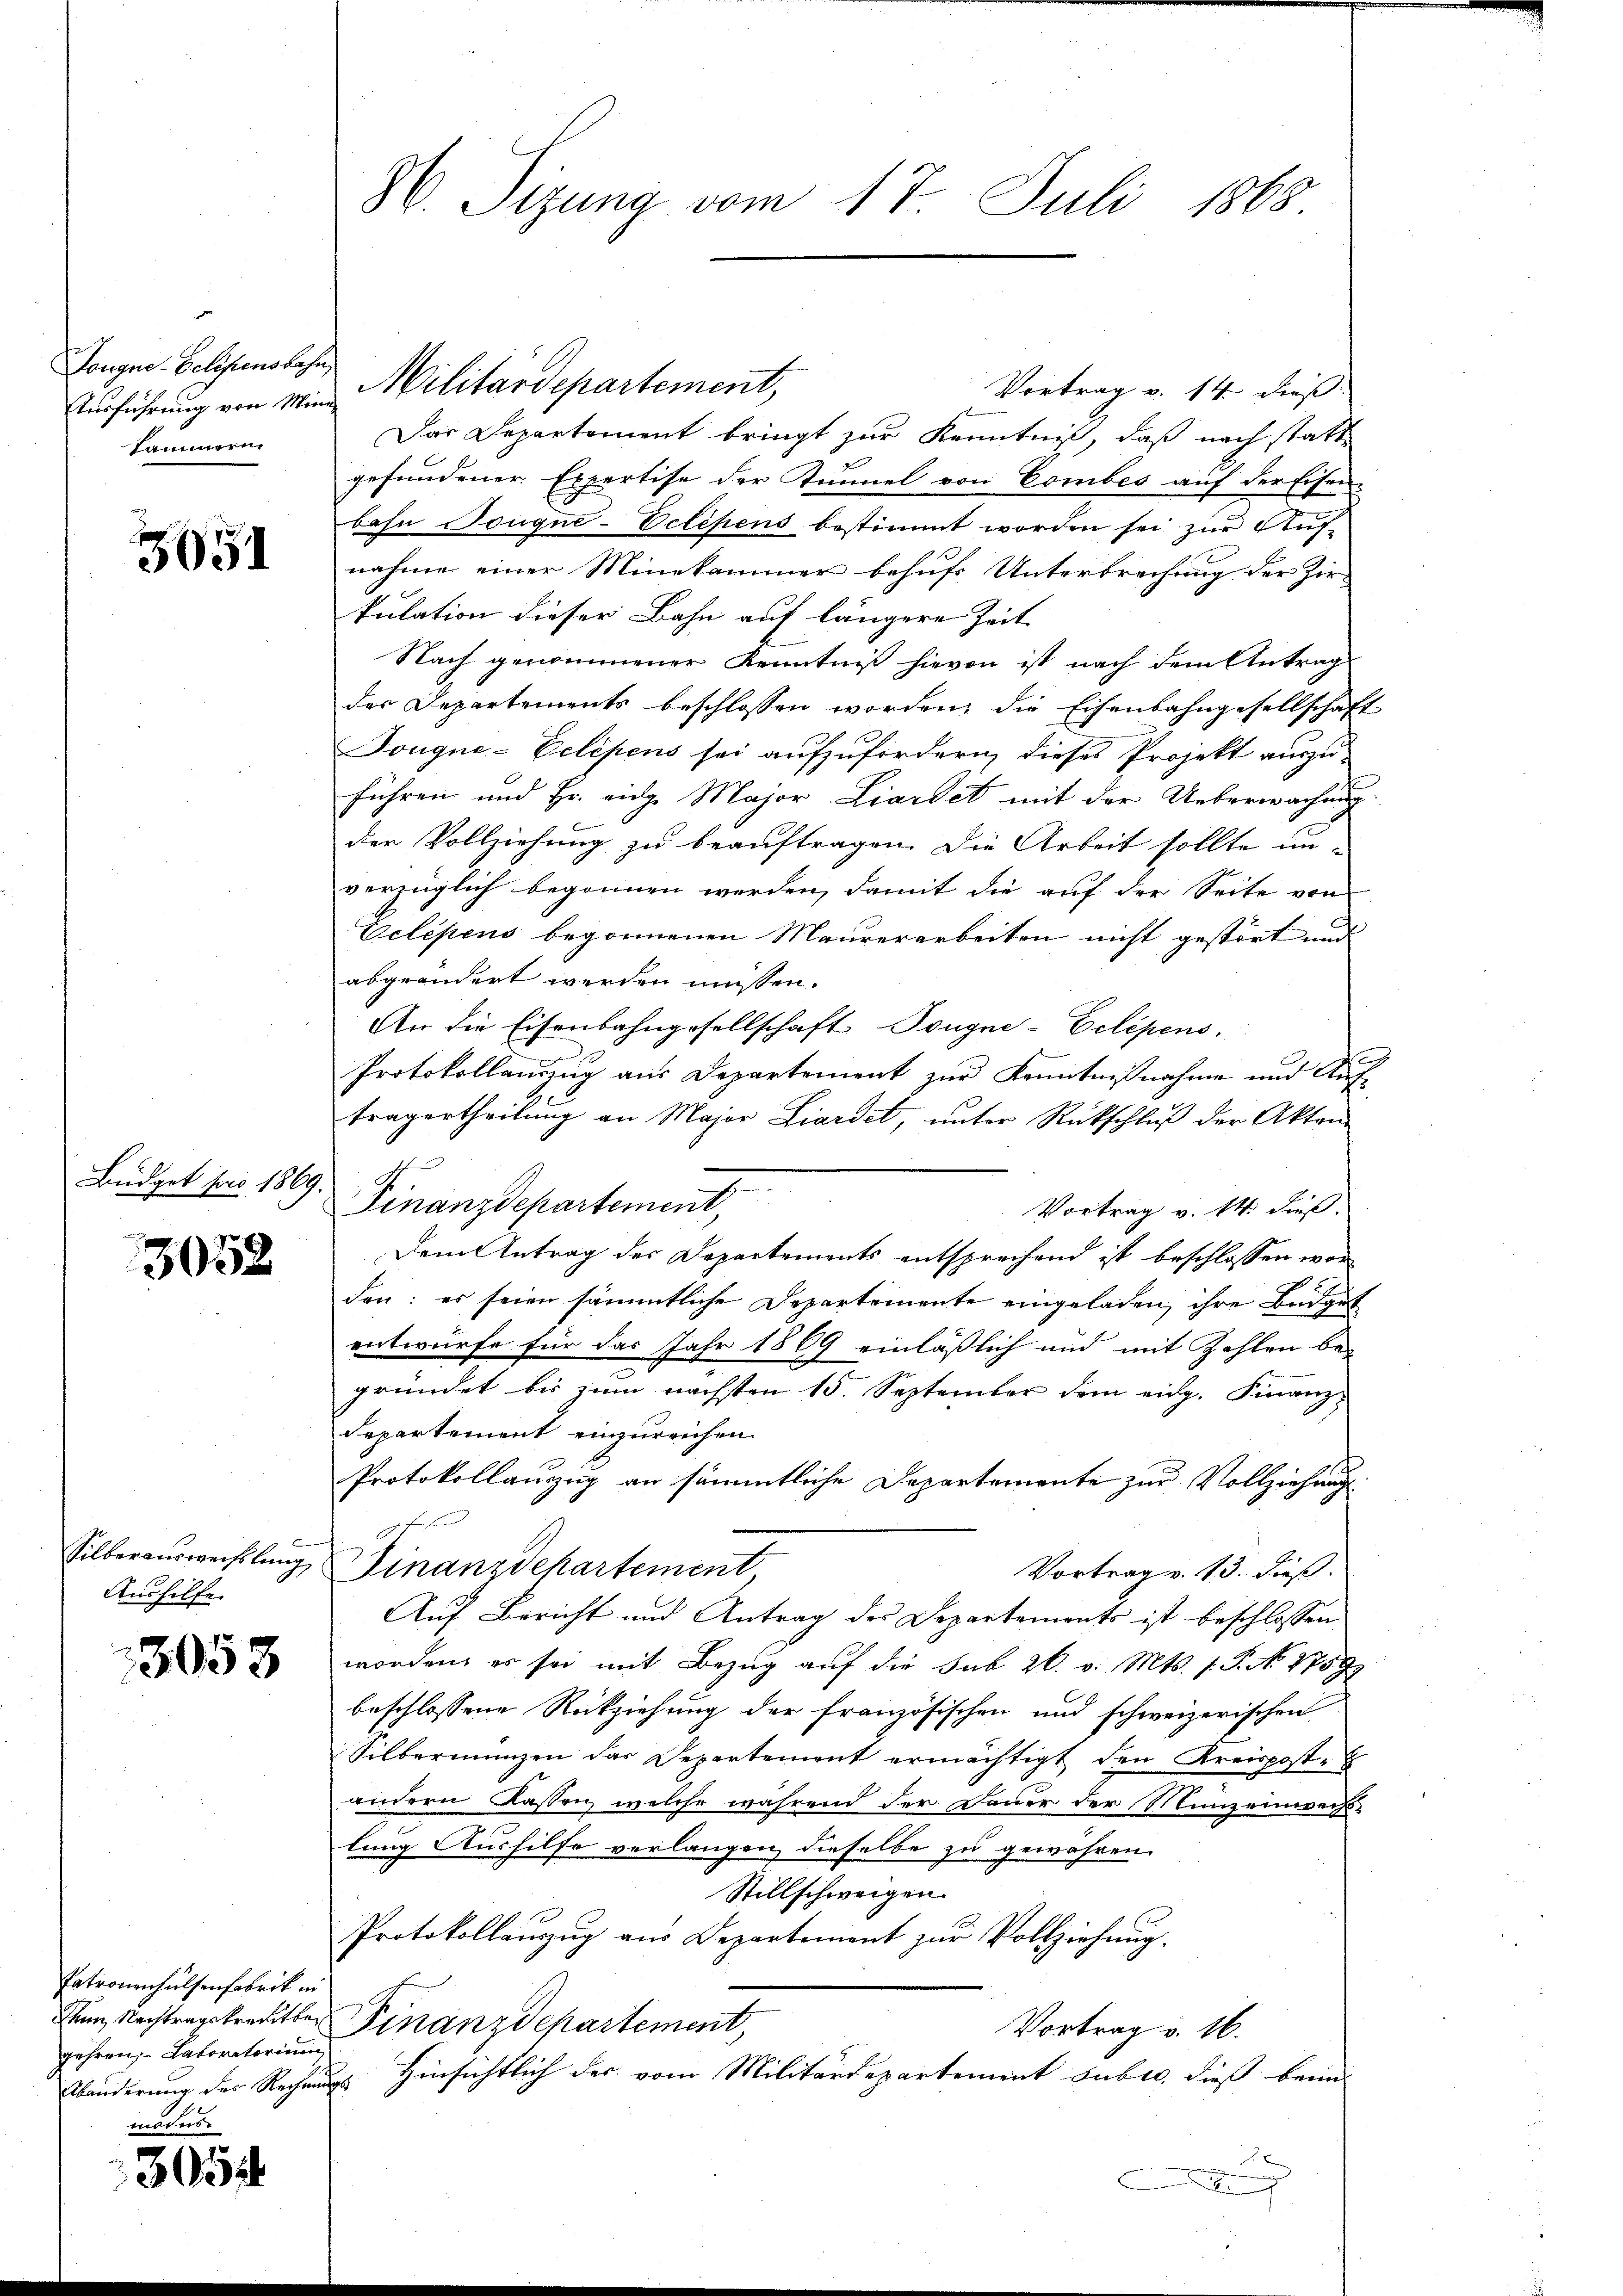
Dougne-Eelifensbahn,
Ausführung von Mini-
kammern.

3051

3058

Aushilfe.

3058

Patronenhülfenfabrik in
gehren, – Laboratorium

modus.
305

Militärdepartement,
Vortrag v. 14 dieß:
Das Departement bringt zur Kenntniß, daß nach statte
gefundener Expertise der Kunnel von Combes auf der Eisen-
bahn Jougne-Eclihens bestimmt worden sei zur Auf-
nahme einer Minekammer behufs Unterbrechung der Zir-
kulation dieser Bahn auf längere Zeit
Nach genommener Kenntniß hievon ist nach dem Antrag
der Departements beschlossen worden, die Eisenbahngesellschaft
Jougne-Eelépens sei aufzufordern, dieses Projekt auszu-
führen und Hr. eidge Major Liardet mit der Ueberwachung
der Vollziehung zu beauftragen. Die Arbeit sollte un-
verzüglich begonnen werden, damit die auf der Seite von
Velépens begonnenen Maurerarbeiten nicht gestört und
abgeändert werden müssen.
An die Eisenbahngesellschaft Tougne-Eclépens.
Protokollanzug aus Departement zur Kenntnißnahme und Auftragertheilung an Major Liardet, unter Rückschluß der Akten
¬
Büdget von 1809. Finanzdepartement,
Vortrag v. 14. dieß.
Dem Antrag des Departements entsprechend ist beschlossen worden: es seien sämmtliche Departemente eingeladen, ihre Budget
entwurfe für das Jahr 1869 einläßlich und mit Zahlen be-
gründet bis zum nächsten 15. September dem eidg. Finanz-
Separtement einzureichen.
Protokollanzug an sämmtliche Departemente zur Vollziehung
Fre
Silberausweiflung Finanzdehartement
Vortrag v. 13. dieß.
Auf Bericht und Antrag des Departements ist beschlossen
worden, es sei mit Bezug auf die Sub 26. v. Mts. 1. P. No. 1759
beschlossene Rückziehung der französischen und schweizerischen
Silbermünzen das Departement ermächtigt den Kreispost-
e
andern Kassen, welche während der Dauer der Munzeinwachs-
lung Aushilfe verlangen, dieselbe zu gewähren.
Stillschweigen.
Protokollanzug aus Departement zur Vollziehung.
Den Nachtragskreditber Finanzdepartement,
Vortrag v. 16.
Abänderung der Rechnungs Hinsichtlich der vom Militärdepartement subro, dieß beim
x

86. Sizung vom 17. Juli 1868